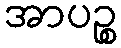
အာပဉ္စ